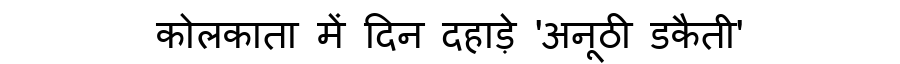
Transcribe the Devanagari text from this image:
कोलकाता में दिन दहाड़े 'अनूठी डकैती'